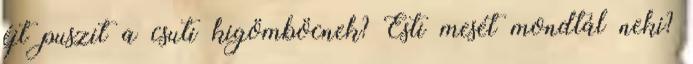
éjt puszit a csuti kigömböcnek? Esti mesét mondtál neki?